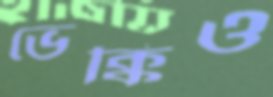
ভেক্কিও